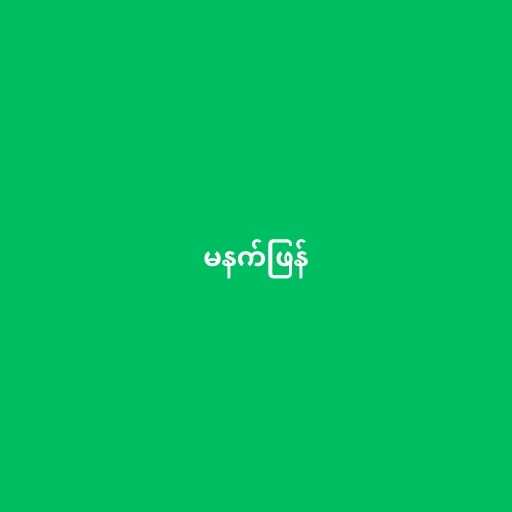
မနက်ဖြန်